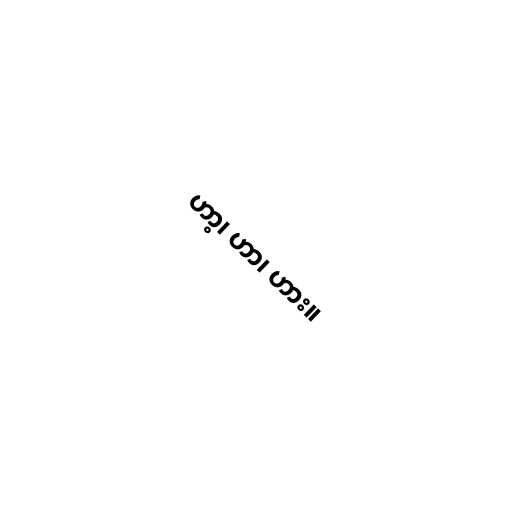
ဟာ့၊ ဟာ၊ ဟား။